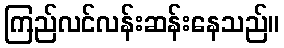
ကြည်လင်လန်းဆန်းနေသည်။